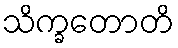
သိက္ခတောတိ